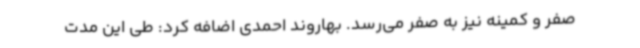
صفر و کمینه نیز به صفر می‌رسد. بهاروند احمدی اضافه کرد: طی این مدت